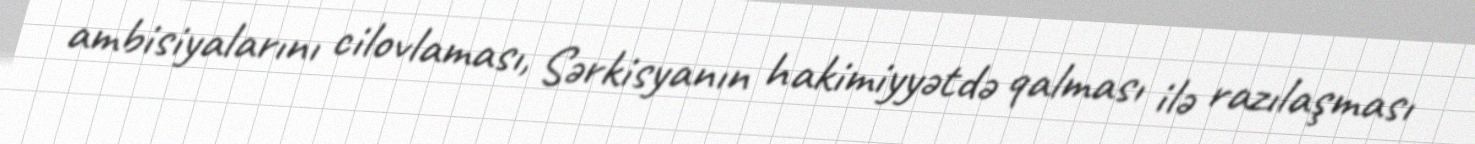
ambisiyalarını cilovlaması, Sərkisyanın hakimiyyətdə qalması ilə razılaşması